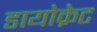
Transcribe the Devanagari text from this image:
डायोक्रेट